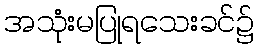
အသုံးမပြုရသေးခင်၌